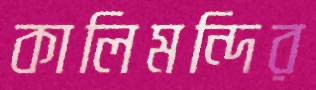
কালিমন্দির